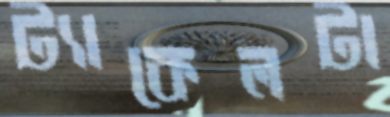
ট্যাকেলটা